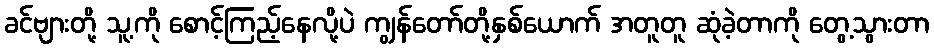
ခင်ဗျားတို့ သူ့ကို စောင့်ကြည့်နေလို့ပဲ ကျွန်တော်တို့နှစ်ယောက် အတူတူ ဆုံခဲ့တာကို တွေ့သွားတာ